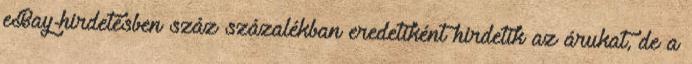
eBay-hirdetésben száz százalékban eredetiként hirdetik az árukat, de a